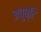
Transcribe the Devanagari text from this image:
अपुष्टि